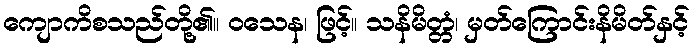
ကျောကိစသည်တို့၏။ ဝသေန၊ ဖြင့်။ သနိမိတ္တံ၊ မှတ်ကြောင်းနိမိတ်နှင့်